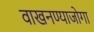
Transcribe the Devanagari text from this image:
वाखनण्याजोगा